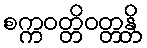
စက္ကဝတ္တိဝတ္တန္တိ